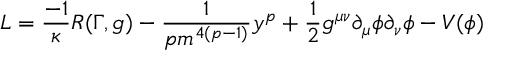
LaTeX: L = \frac { - 1 } { \kappa } R ( \Gamma , g ) - \frac { 1 } { p m ^ { 4 ( p - 1 ) } } y ^ { p } + \frac { 1 } { 2 } g ^ { \mu \nu } \partial _ { \mu } \phi \partial _ { \nu } \phi - V ( \phi )